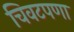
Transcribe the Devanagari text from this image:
चिवटपणा